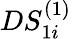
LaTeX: DS_{1i}^{(1)}